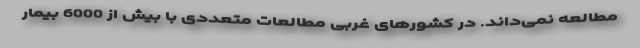
مطالعه نمی‌داند. در کشورهای غربی مطالعات متعددی با بیش از 6000 بیمار